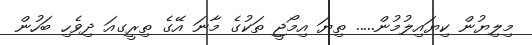
މިލިޔުން ކިޔައިލުމުން..... ތިޔަ އިމޯޖީ ތަކުގެ މާނަ އޭގެ ތިރީގއަ ދިވެހި ބަހުން